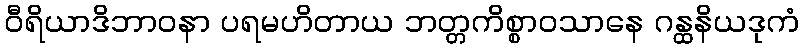
ဝီရိယာဒိဘာဝနာ ပရမဟိတာယ ဘတ္တကိစ္စာဝသာနေ ဂန္ထနိယဒုကံ